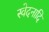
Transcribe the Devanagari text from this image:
स्वेदनादि